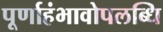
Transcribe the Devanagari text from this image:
पूर्णाहंभावोपलब्धि